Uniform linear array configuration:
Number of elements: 12
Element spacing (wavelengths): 0.5
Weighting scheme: hamming
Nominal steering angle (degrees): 45
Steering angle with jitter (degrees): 43.689
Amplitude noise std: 0.05
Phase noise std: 0.05

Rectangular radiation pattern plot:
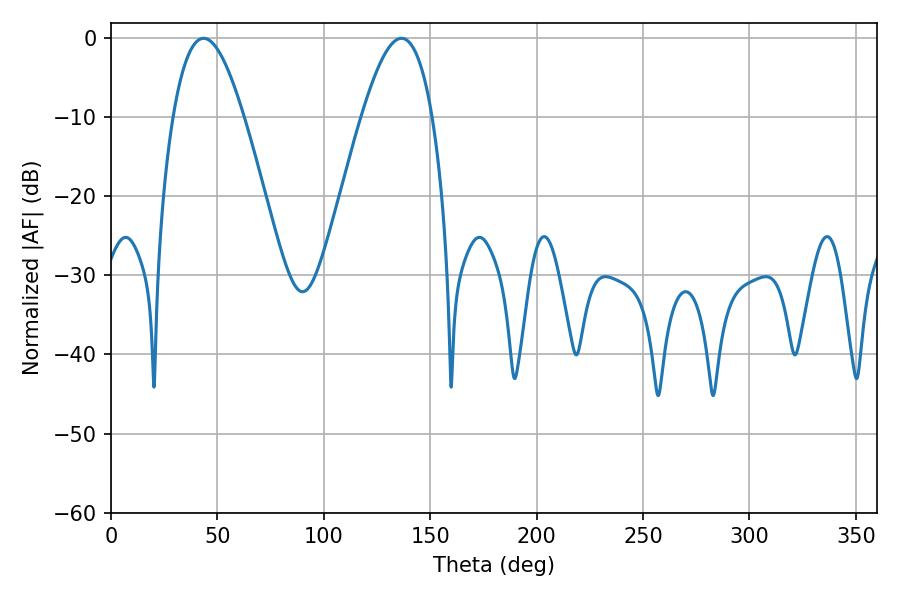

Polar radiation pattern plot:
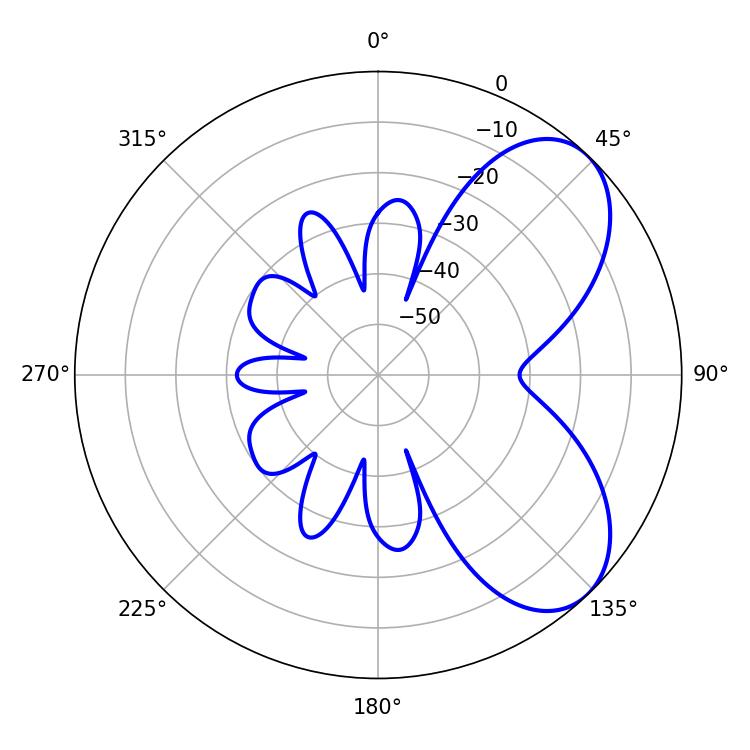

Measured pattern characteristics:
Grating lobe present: FALSE
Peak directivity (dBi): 6.227
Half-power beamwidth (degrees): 18.18
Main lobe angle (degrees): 43.56